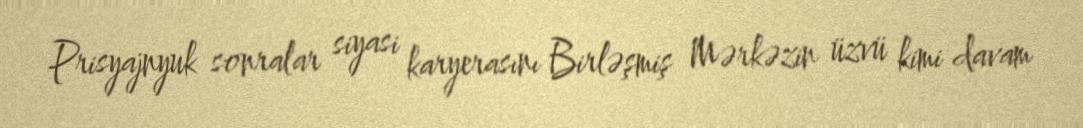
Prisyajnyuk sonralar siyasi karyerasını Birləşmiş Mərkəzin üzvü kimi davam